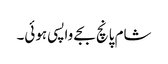
شام پانچ بجے واپسی ہوئی۔